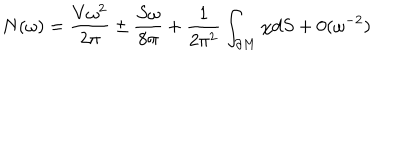
N ( \omega ) = \frac { V \omega ^ { 2 } } { 2 \pi } \pm \frac { S \omega } { 8 \pi } + \frac 1 { 2 \pi ^ { 2 } } \int _ { \partial M } \chi d S + 0 ( \omega ^ { - 2 } )